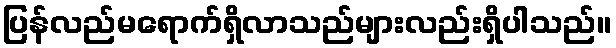
ပြန်လည်မရောက်ရှိလာသည်များလည်းရှိပါသည်။